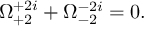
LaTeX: \Omega _ { + 2 } ^ { + 2 i } + \Omega _ { - 2 } ^ { - 2 i } = 0 .